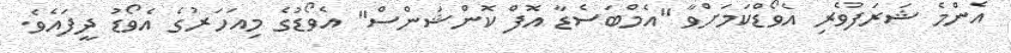
އެންމެ ޝަރަފުވެރި އެވޯޑްކަމަށްވާ "އެމްބަސެޑާ އޮފް ކޮންޝަންސް" އެވޯޑުގެ މިއަހަރުގެ އެވޯޑު ދީފައެވެ.